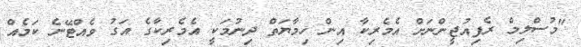
"މުސްލިމް ރެފިއުޖީންނަށް އެމެރިކާ އިން ހިމާޔަތް ދިނުމަކީ އެމެރިކާގެ އަގު ވެއްޓޭނެ ކަމެއް